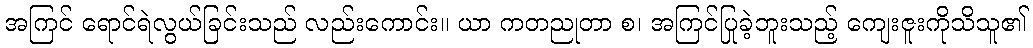
အကြင် ရောင်ရဲလွယ်ခြင်းသည် လည်းကောင်း။ ယာ ကတညုတာ စ၊ အကြင်ပြုခဲ့ဘူးသည့် ကျေးဇူးကိုသိသူ၏